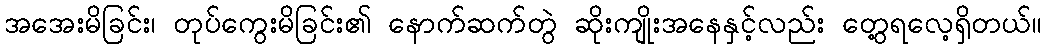
အအေးမိခြင်း၊ တုပ်ကွေးမိခြင်း၏ နောက်ဆက်တွဲ ဆိုးကျိုးအနေနှင့်လည်း တွေ့ရလေ့ရှိတယ်။